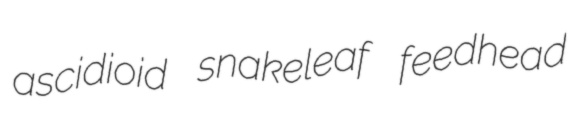
ascidioid snakeleaf feedhead